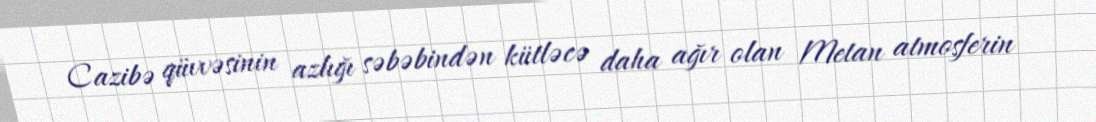
Cazibə qüvvəsinin azlığı səbəbindən kütləcə daha ağır olan Metan atmosferin